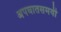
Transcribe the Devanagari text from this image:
अपघातसमयी